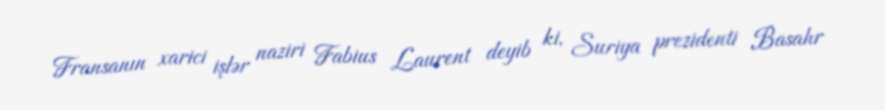
Fransanın xarici işlər naziri Fabius Laurent deyib ki, Suriya prezidenti Basahr